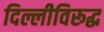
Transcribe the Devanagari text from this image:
दिल्लीविरूद्ध